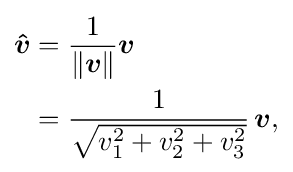
{\begin{aligned}{\boldsymbol {\hat {v}}}&={\frac {1}{\left\|{\boldsymbol {v}}\right\|}}{\boldsymbol {v}}\\&={\frac {1}{\sqrt {v_{1}^{2}+v_{2}^{2}+v_{3}^{2}}}}\,{\boldsymbol {v}},\end{aligned}}